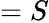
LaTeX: =S